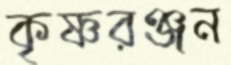
কৃষ্ণরঞ্জন